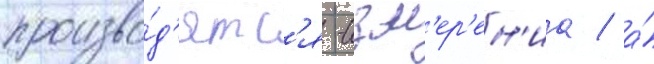
произво́д'ятс'я -изм'ер'ен'иа / а́